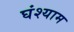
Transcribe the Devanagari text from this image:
घंश्याम